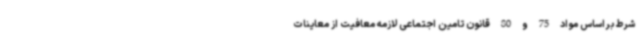
شرط براساس مواد 75 و 80 قانون تامین اجتماعی لازمه معافیت از معاینات